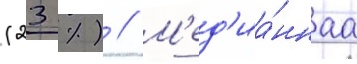
(23 %) // М'ед'иа́ннаа